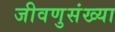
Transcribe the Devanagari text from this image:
जीवणुसंख्या